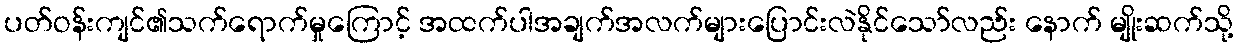
ပတ်ဝန်းကျင်၏သက်ရောက်မှုကြောင့် အထက်ပါအချက်အလက်များပြောင်းလဲနိုင်သော်လည်း နောက် မျိုးဆက်သို့